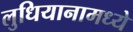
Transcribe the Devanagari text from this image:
लुधियानामध्ये